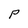
Character: P